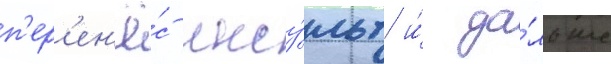
п'ер'ен'ё́с инсу́льт и́ да́льше